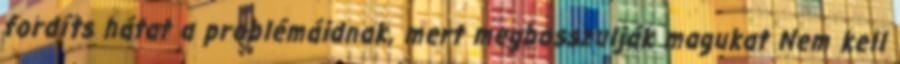
fordíts hátat a problémáidnak, mert megbosszulják magukat Nem kell